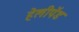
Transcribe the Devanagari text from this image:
हेलीपॅड